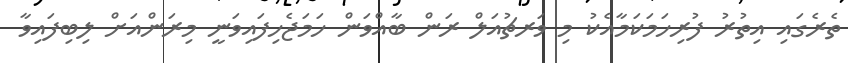
ތެރެގައި އިތުރު ފުރިހަމަކަމާއެކު މި ވަރޗުއަލް ރަން ބާއްވަން ހަމަޖެހިފައިވަނީ މިރަންއަށް ލިބިފައިވާ